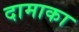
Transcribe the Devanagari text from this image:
दामाका